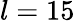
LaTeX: l=15